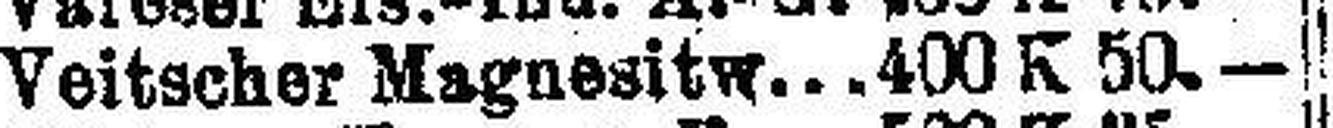
Veitscher Magnesitw. 400 K 50.—